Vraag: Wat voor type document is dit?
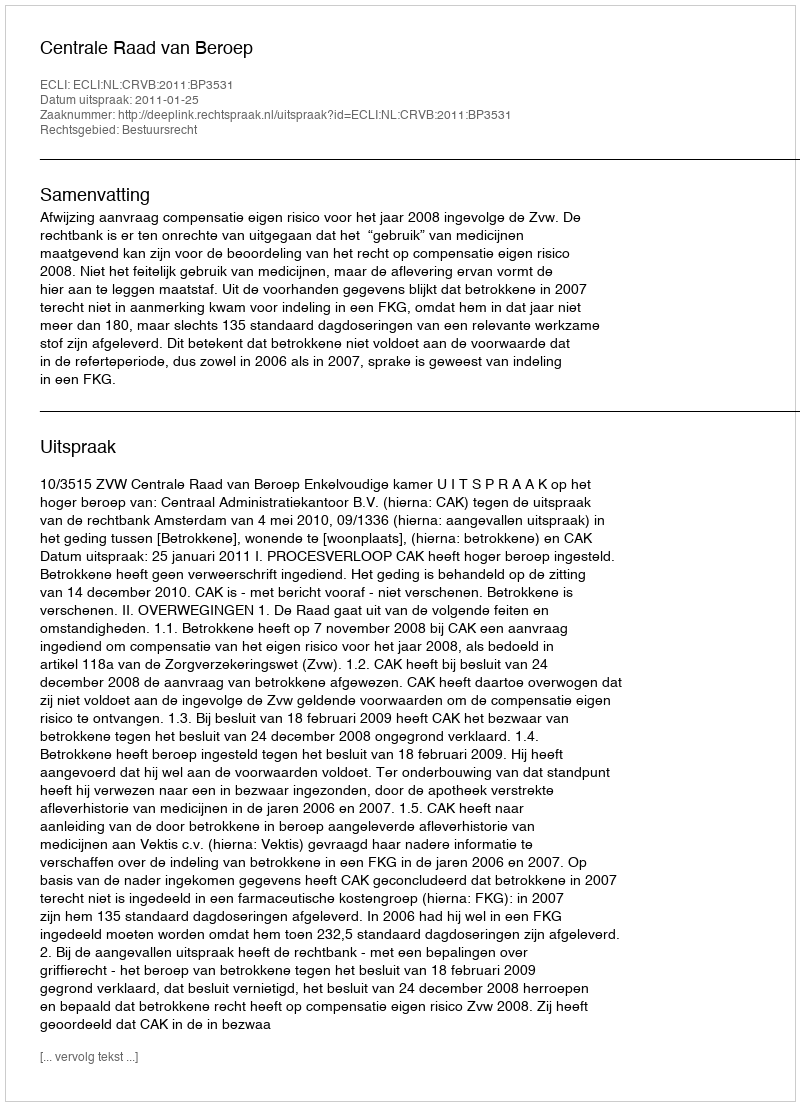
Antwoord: Uitspraak